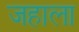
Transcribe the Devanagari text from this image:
जहाला